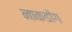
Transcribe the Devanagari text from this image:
नाकडोंग